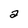
Character: a